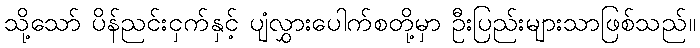
သို့သော် ပိန်ညင်းငှက်နှင့် ပျံလွှားပေါက်စတို့မှာ ဦးပြည်းများသာဖြစ်သည်။